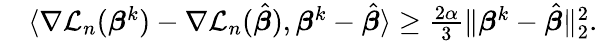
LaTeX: \begin{array}{rl}&{\langle\nabla{\mathcal L}_{n}({\boldsymbol{\beta}}^{k})-\nabla{\mathcal L}_{n}(\hat{\boldsymbol{\beta}}),{\boldsymbol{\beta}}^{k}-\hat{\boldsymbol{\beta}}\rangle\geq\frac{2\alpha}{3}\| {\boldsymbol{\beta}}^{k}-\hat{\boldsymbol{\beta}}\| _{2}^{2}.}\end{array}